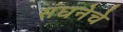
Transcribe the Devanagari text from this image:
संघनेचे